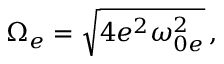
\Omega _ { e } = \sqrt { 4 e ^ { 2 } \omega _ { 0 e } ^ { 2 } } \, ,